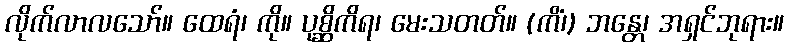
လိုက်လာလသော်။ ထေရံ၊ ကို။ ပုစ္ဆိကိရ၊ မေးသတတ်။ (ကိံ၊) ဘန္တေ၊ အရှင်ဘုရား။